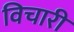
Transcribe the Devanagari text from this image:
विचारीं